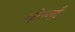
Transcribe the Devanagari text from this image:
वोर्ल्ड